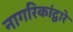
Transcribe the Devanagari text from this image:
नागरिकांद्वारे